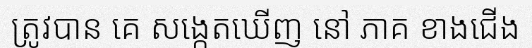
ត្រូវបាន គេ សង្កេតឃើញ នៅ ភាគ ខាងជើង